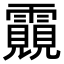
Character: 䨳